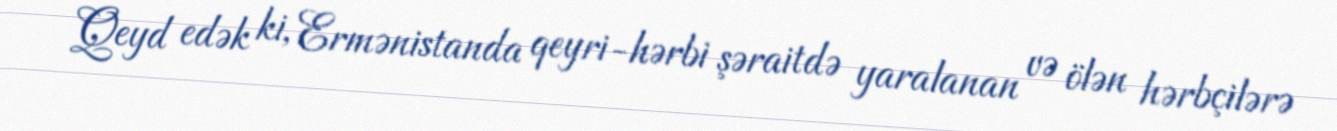
Qeyd edək ki, Ermənistanda qeyri-hərbi şəraitdə yaralanan və ölən hərbçilərə